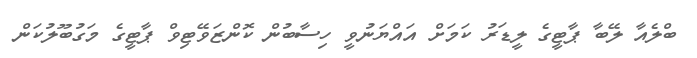
ބްލެއާ ލޭބާ ޕާޓީގެ ލީޑަރު ކަމަށް އައްޔަނުވީ ހިސާބުން ކޮންޒަވޭޓިވް ޕާޓީގެ މަގުބޫލުކަން